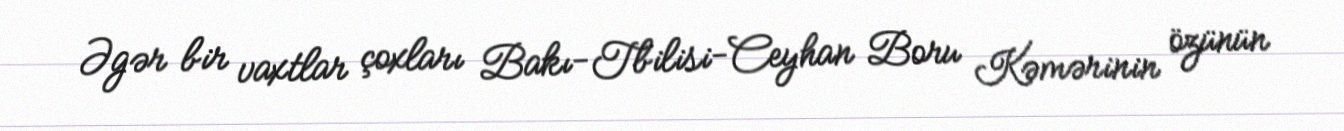
Əgər bir vaxtlar çoxları Bakı-Tbilisi-Ceyhan Boru Kəmərinin özünün